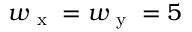
w _ { \mathrm { ~ x ~ } } = w _ { \mathrm { ~ y ~ } } = 5